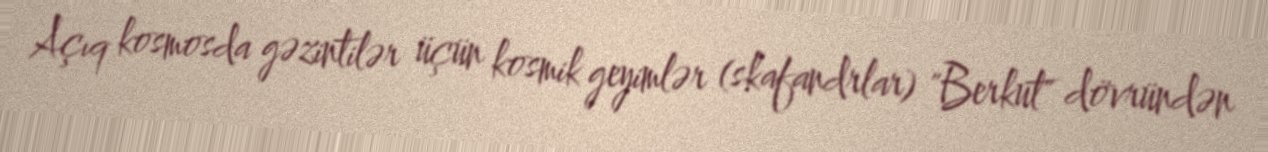
Açıq kosmosda gəzintilər üçün kosmik geyimlər (skafandrlar) "Berkut" dövründən